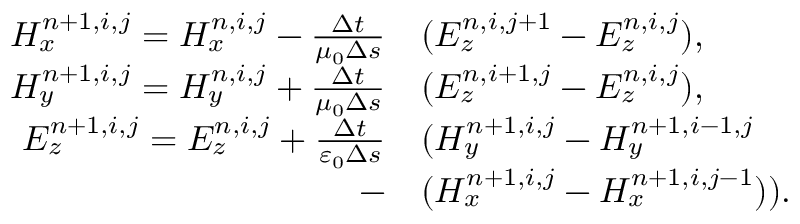
\begin{array} { r l } { H _ { x } ^ { n + 1 , i , j } = H _ { x } ^ { n , i , j } - \frac { \Delta t } { \mu _ { 0 } \Delta s } } & { { } ( E _ { z } ^ { n , i , j + 1 } - E _ { z } ^ { n , i , j } ) , } \\ { H _ { y } ^ { n + 1 , i , j } = H _ { y } ^ { n , i , j } + \frac { \Delta t } { \mu _ { 0 } \Delta s } } & { { } ( E _ { z } ^ { n , i + 1 , j } - E _ { z } ^ { n , i , j } ) , } \\ { E _ { z } ^ { n + 1 , i , j } = E _ { z } ^ { n , i , j } + \frac { \Delta t } { \varepsilon _ { 0 } \Delta s } } & { { } ( H _ { y } ^ { n + 1 , i , j } - H _ { y } ^ { n + 1 , i - 1 , j } } \\ { - } & { { } ( H _ { x } ^ { n + 1 , i , j } - H _ { x } ^ { n + 1 , i , j - 1 } ) ) . } \end{array}